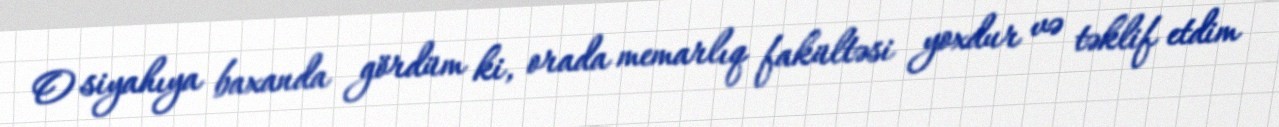
O siyahıya baxanda gördüm ki, orada memarlıq fakültəsi yoxdur və təklif etdim